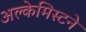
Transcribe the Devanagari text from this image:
अल्केमिस्टने